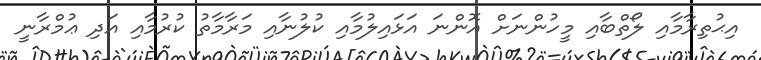
އިޙުތިރާމާއި ލޯތްބާއި މީހުންނަށް އޮންނަ އަޅައިލުމާއި ކުލުނާއި މަރާމާތު ކުރުމާއި އަދި ޢުމްރާނީ